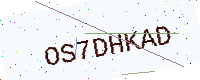
Text: OS7DHKAD